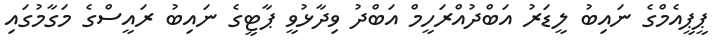
ޕީޕީއެމްގެ ނައިބު ލީޑަރު އަބްދުއްރަހީމް އަބްދު ވިދާޅުވީ ޕާޓީގެ ނައިބު ރައީސްގެ މަގާމުގައި